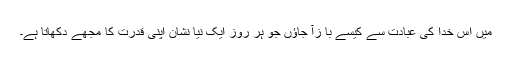
مَیں اس خدا کی عبادت سے کیسے با زآ جاؤں جو ہر روز ایک نیا نشان اپنی قدرت کا مجھے دکھاتا ہے۔